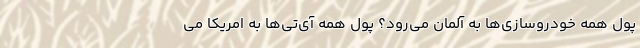
پول همه خودروسازی‌ها به آلمان می‌رود؟ پول همه آی‌تی‌ها به امریکا می